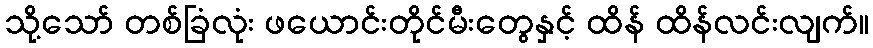
သို့သော် တစ်ခြံလုံး ဖယောင်းတိုင်မီးတွေနှင့် ထိန် ထိန်လင်းလျက်။